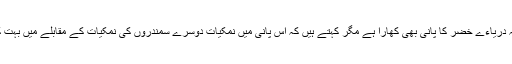
چنانچہ دریاءے خضر کا پانی بھی کھارا ہے مگر کہتے ہیں کہ اس پانی میں نمکیات دوسرے سمندروں کی نمکیات کے مقابلے میں بہت کم ہیں۔